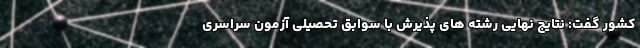
کشور گفت: نتایج نهایی رشته های پذیرش با سوابق تحصیلی آزمون سراسری